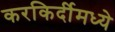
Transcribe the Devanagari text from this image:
करकिर्दीमध्ये